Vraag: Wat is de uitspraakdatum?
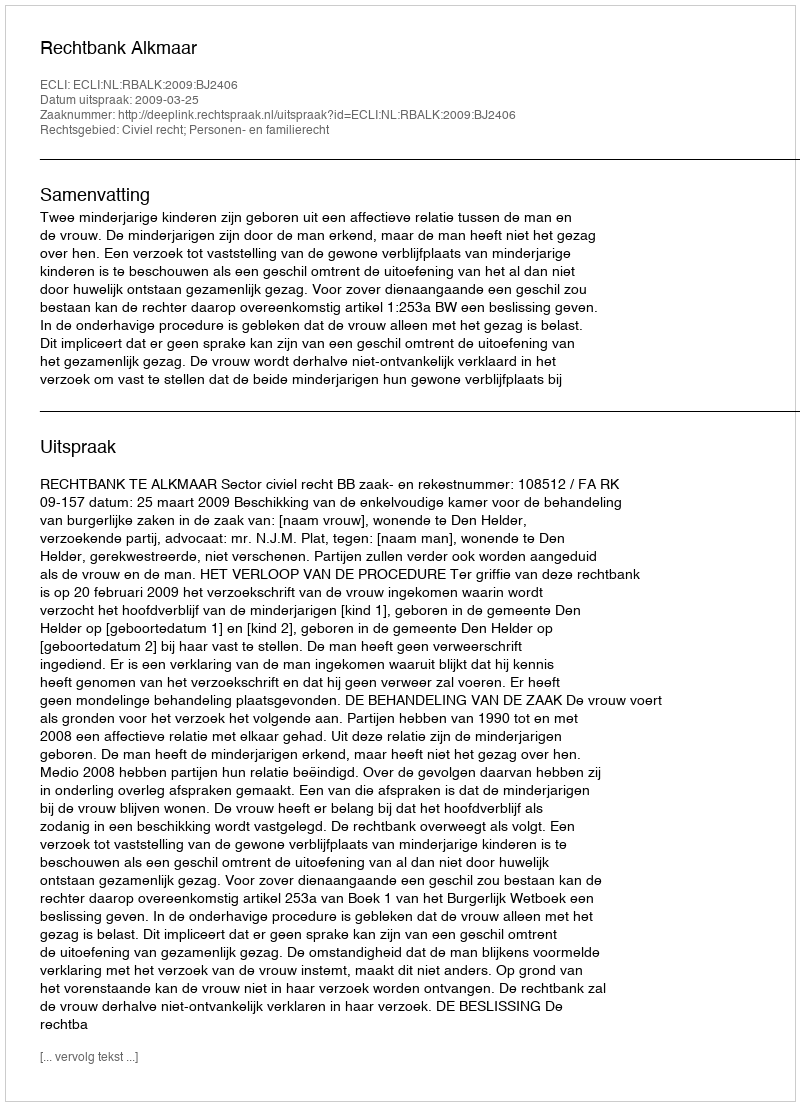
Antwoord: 2009-03-25